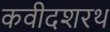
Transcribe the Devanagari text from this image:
कवीदशरथ